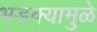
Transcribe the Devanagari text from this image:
भडक्यामुळे